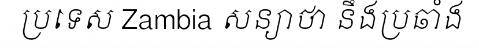
ប្រទេស Zambia សន្យាថា នឹងប្រឆាំង